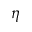
\eta